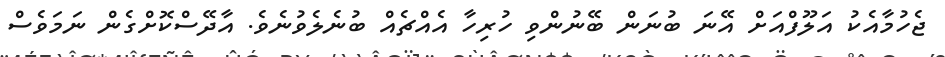
ޖެހުމާއެކު އަލޫފްއަށް އޭނަ ބުނަން ބޭނުންވި ހުރިހާ އެއްޗެއް ބުނެލެވުނެވެ. އާދޭސްކޮށްގެން ނަމަވެސް